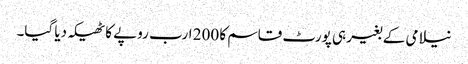
نیلامی کے بغیر ہی پورٹ قاسم کا 200 ارب روپے کا ٹھیکہ دیا گیا۔